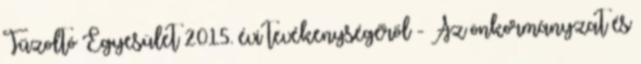
Tűzoltó Egyesület 2015. évi tevékenységéről - Az önkormányzat és